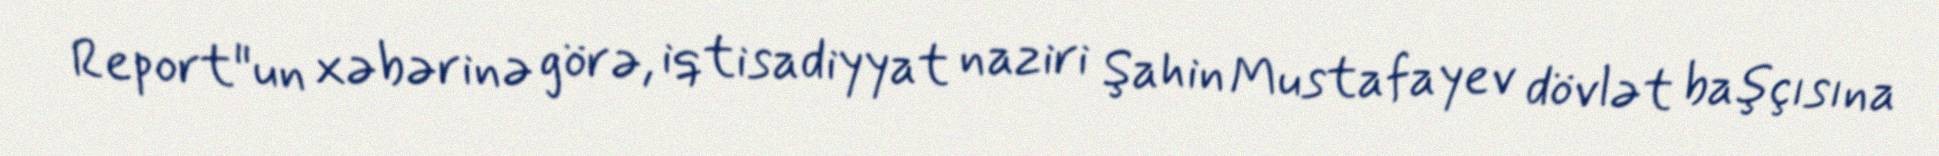
Report"un xəbərinə görə, iqtisadiyyat naziri Şahin Mustafayev dövlət başçısına